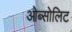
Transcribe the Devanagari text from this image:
ओब्सोलिट